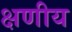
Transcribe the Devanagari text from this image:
क्षणीय